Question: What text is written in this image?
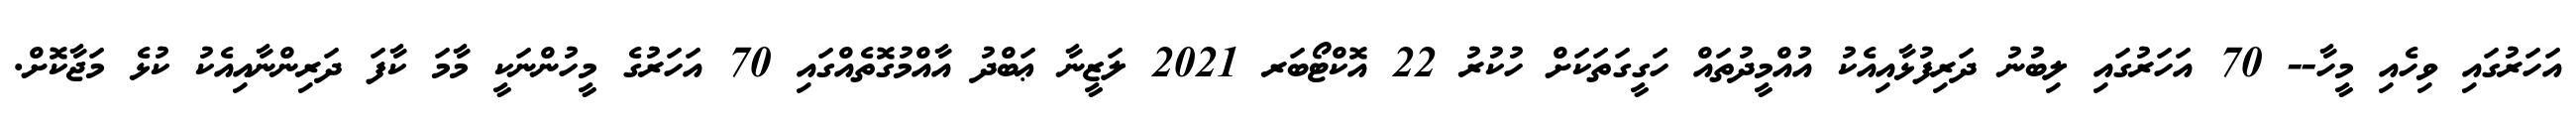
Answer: އަހަރުގައި ވިހެއި މީހާ-- 70 އަހަރުގައި ލިބުނު ދަރިފުޅާއިއެކު އުއްމީދުތައް ހަގީގަތަކަށް ހުކުރު 22 އޮކްޓޯބަރ 2021 ލަޒީނާ ޢަބްދު އާއްމުގޮތެއްގައި 70 އަހަރުގެ މީހުންނަކީ މާމަ ކާފަ ދަރިންނާއިއެކު ކުޅެ މަޖާކޮށް.